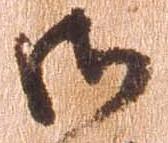
御